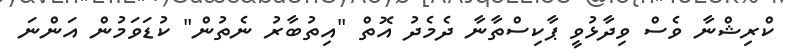
ކްރިޝްނާ ވެސް ވިދާޅުވީ ޕާކިސްތާނާ ދެމެދު އޮތް "އިތުބާރު ނެތުން" ކުޑަވަމުން އަންނަ